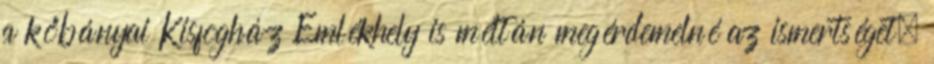
a kőbányai Kisfogház Emlékhely is méltán megérdemelné az ismertséget.